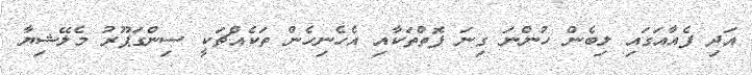
އަދި ފެއާއަގައި ލިބެން ހުންނަ ގިނަ ފޮތްތަކާއި އެހެނިހެން ތަކެއްޗަކީ ސިންގަޕޫރު މެލޭޝިޔާ